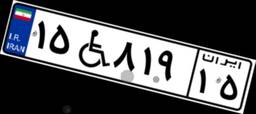
۱۸W۷۱۳۳۱